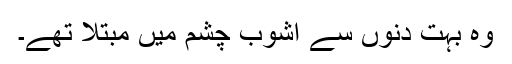
وہ بہت دنوں سے آشوب چشم میں مبتلا تھے۔